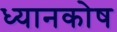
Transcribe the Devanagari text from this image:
ध्यानकोष